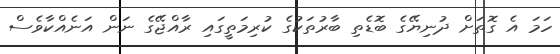
ހަމަ އެ ގޮތަށް ދުނިޔޭގެ ބޮޑެތި ބާރުތަކުގެ ކުރިމަތީގައި ރާއްޖޭގެ ނަން އަނެއްކާވެސް